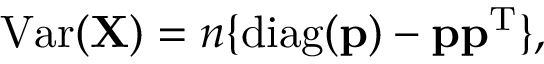
\operatorname { V a r } ( \mathbf { X } ) = n \lbrace \operatorname { d i a g } ( \mathbf { p } ) - \mathbf { p } \mathbf { p } ^ { \mathrm { { T } } } \rbrace ,